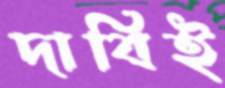
দাবিই